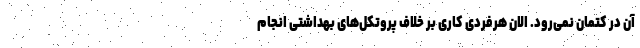
آن در کتمان نمی‌رود. الان هرفردی کاری بر خلاف پروتکل‌های بهداشتی انجام